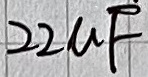
Text: 22µF